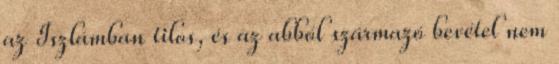
az Iszlámban tilos, és az abból származó bevétel nem